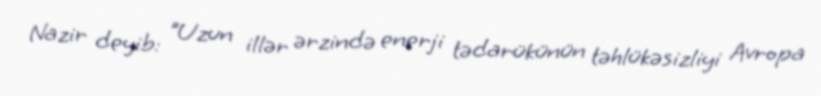
Nazir deyib: "Uzun illər ərzində enerji tədarükünün təhlükəsizliyi Avropa